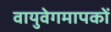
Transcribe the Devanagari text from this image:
वायुवेगमापकों